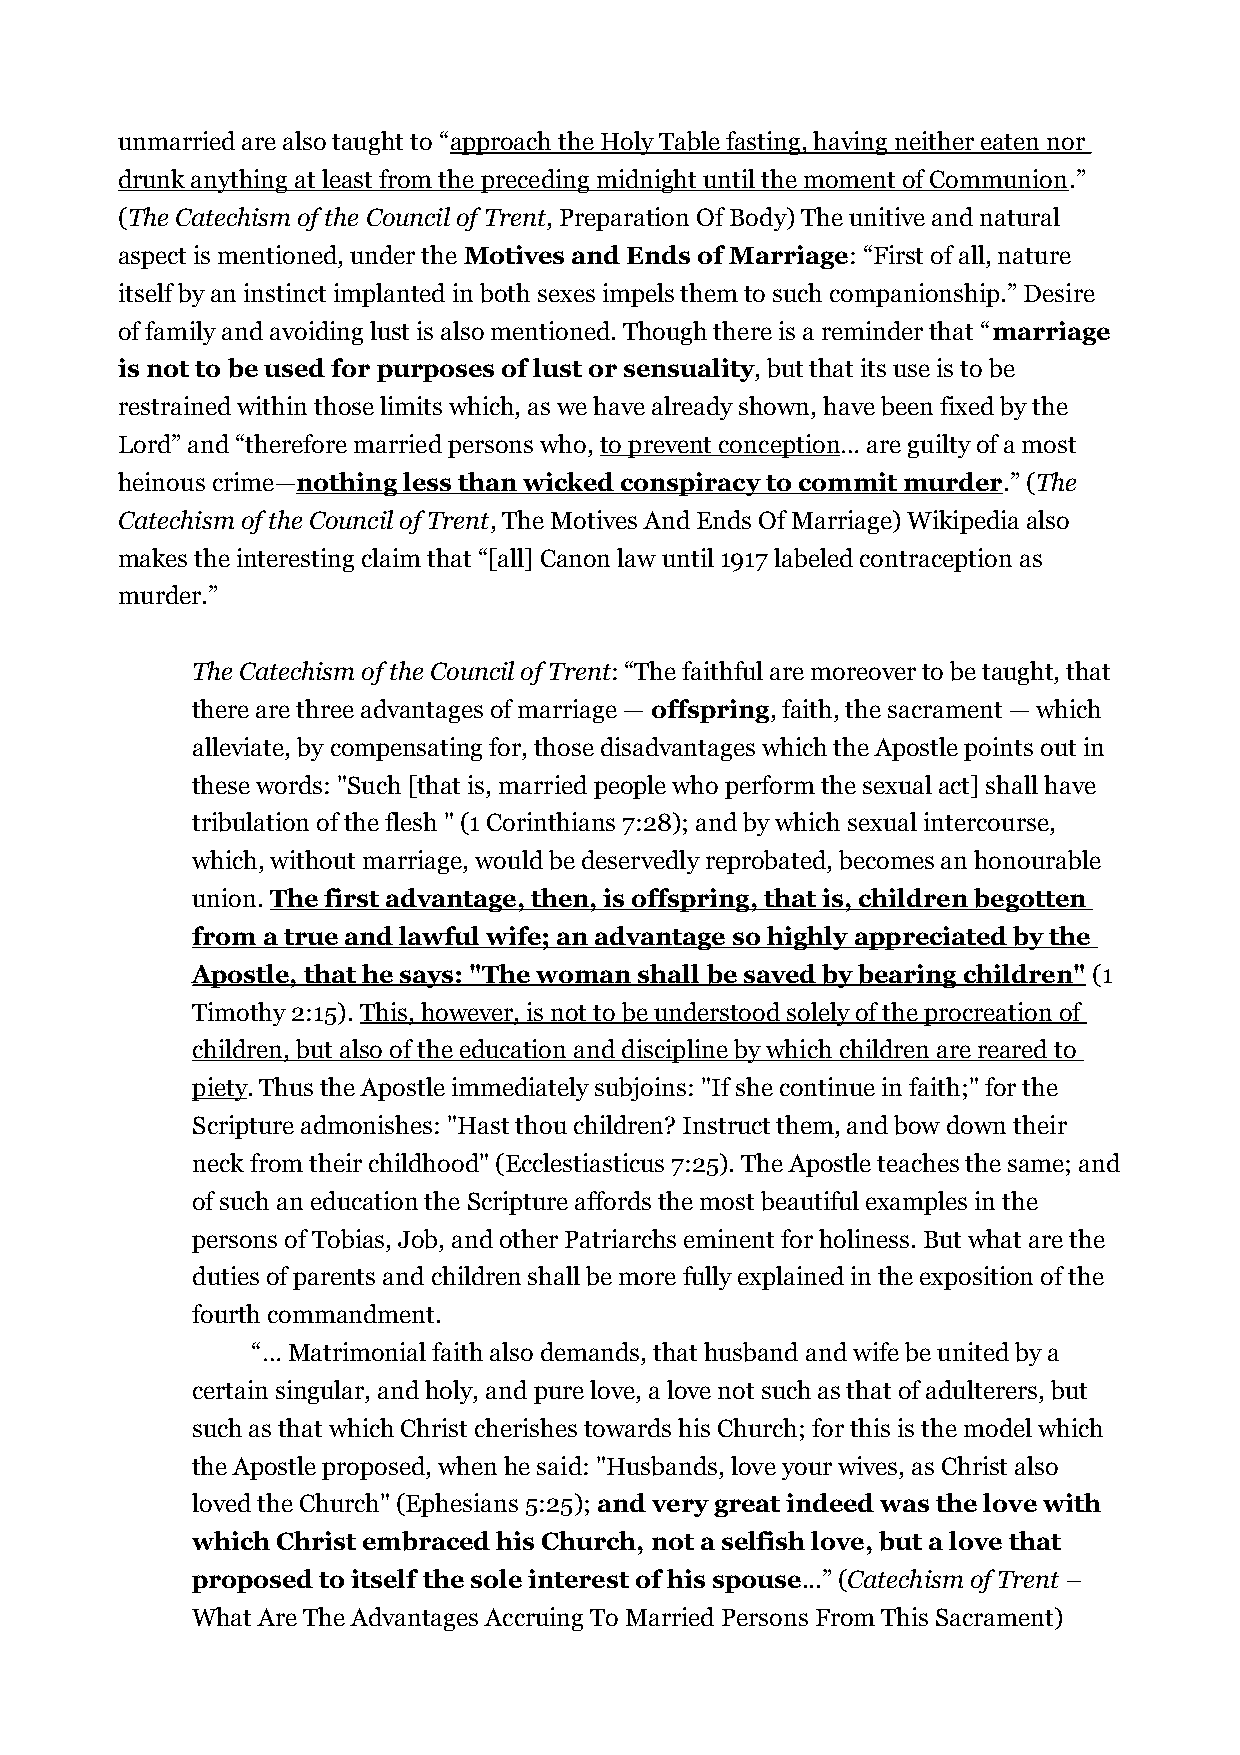
unmarried are also taught to “approach the Holy Table fasting, having neither eaten nor
 drunk anything at least from the preceding midnight until the moment of Communion.”
 (The Catechism of the Council of Trent, Preparation Of Body) The unitive and natural
 aspect is mentioned, under the Motives and Ends of Marriage: “First of all, nature
 itself by an instinct implanted in both sexes impels them to such companionship.” Desire
 of family and avoiding lust is also mentioned. Though there is a reminder that “marriage
 is not to be used for purposes of lust or sensuality, but that its use is to be
 restrained within those limits which, as we have already shown, have been fixed by the
 Lord” and “therefore married persons who, to prevent conception… are guilty of a most
 heinous crime—nothing less than wicked conspiracy to commit murder.” (The
 Catechism of the Council of Trent, The Motives And Ends Of Marriage) Wikipedia also
 makes the interesting claim that “[all] Canon law until 1917 labeled contraception as
 murder.”
 The Catechism of the Council of Trent: “The faithful are moreover to be taught, that
 there are three advantages of marriage — offspring, faith, the sacrament — which
 alleviate, by compensating for, those disadvantages which the Apostle points out in
 these words: "Such [that is, married people who perform the sexual act] shall have
 tribulation of the flesh " (1 Corinthians 7:28); and by which sexual intercourse,
 which, without marriage, would be deservedly reprobated, becomes an honourable
 union. The first advantage, then, is offspring, that is, children begotten
 from a true and lawful wife; an advantage so highly appreciated by the
 Apostle, that he says: "The woman shall be saved by bearing children" (1
 Timothy 2:15). This, however, is not to be understood solely of the procreation of
 children, but also of the education and discipline by which children are reared to
 piety. Thus the Apostle immediately subjoins: "If she continue in faith;" for the
 Scripture admonishes: "Hast thou children? Instruct them, and bow down their
 neck from their childhood" (Ecclestiasticus 7:25). The Apostle teaches the same; and
 of such an education the Scripture affords the most beautiful examples in the
 persons of Tobias, Job, and other Patriarchs eminent for holiness. But what are the
 duties of parents and children shall be more fully explained in the exposition of the
 fourth commandment.
 “… Matrimonial faith also demands, that husband and wife be united by a
 certain singular, and holy, and pure love, a love not such as that of adulterers, but
 such as that which Christ cherishes towards his Church; for this is the model which
 the Apostle proposed, when he said: "Husbands, love your wives, as Christ also
 loved the Church" (Ephesians 5:25); and very great indeed was the love with
 which Christ embraced his Church, not a selfish love, but a love that
 proposed to itself the sole interest of his spouse...” (Catechism of Trent –
 What Are The Advantages Accruing To Married Persons From This Sacrament)